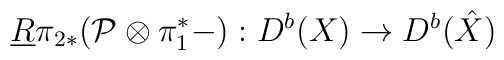
\underline{R} \pi_{2 *}( {\cal P} \otimes \pi_1^* - ):D^b(X) \rightarrow D^b(\hat{X})